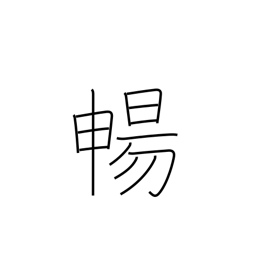
Meaning: stretch